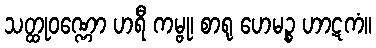
သတ္ထုဝဏ္ဏော ဟရီ ကမ္ဗု၊ စာရု ဟေမဉ္စ ဟာဋကံ။